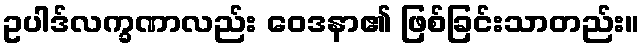
ဥပါဒ်လက္ခဏာလည်း ဝေဒနာ၏ ဖြစ်ခြင်းသာတည်း။